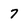
Character: 7